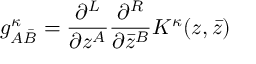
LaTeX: g _ { A { \bar { B } } } ^ { \kappa } = \frac { \partial ^ { L } } { \partial z ^ { A } } \frac { \partial ^ { R } } { \partial { \bar { z } } ^ { B } } K ^ { \kappa } ( z , { \bar { z } } )